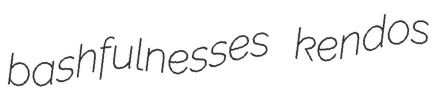
bashfulnesses kendos